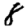
Digit: 8